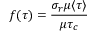
f ( \tau ) = \frac { \sigma _ { r } { \mu \langle \tau \rangle } } { \mu \tau _ { c } }